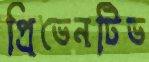
প্রিভেনটিভ